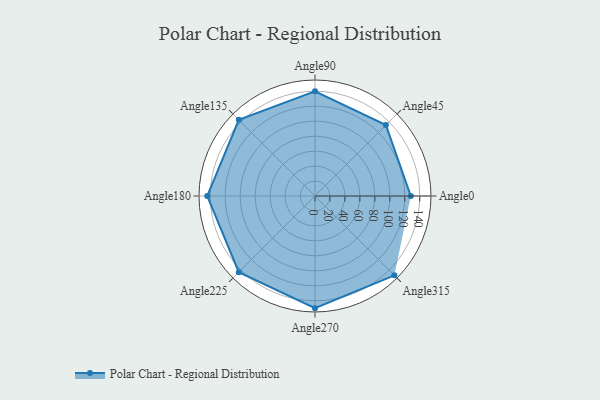
{"axis": {"x": "Angle", "y": "Radius"}, "legend": [""], "data": [{"x": "Angle0", "y": 128.0, "type": ""}, {"x": "Angle45", "y": 134.0, "type": ""}, {"x": "Angle90", "y": 140.0, "type": ""}, {"x": "Angle135", "y": 144.0, "type": ""}, {"x": "Angle180", "y": 144.0, "type": ""}, {"x": "Angle225", "y": 144.0, "type": ""}, {"x": "Angle270", "y": 150.0, "type": ""}, {"x": "Angle315", "y": 150.0, "type": ""}]}